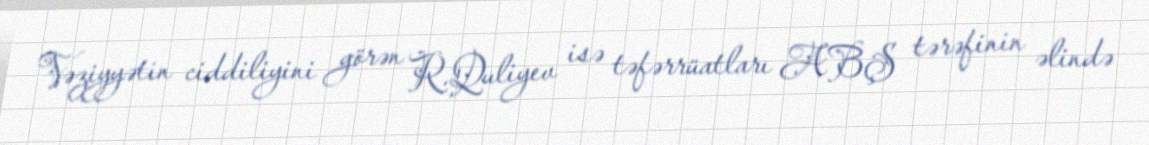
Vəziyyətin ciddiliyini görən R.Quliyev isə təfərrüatları ABŞ tərəfinin əlində